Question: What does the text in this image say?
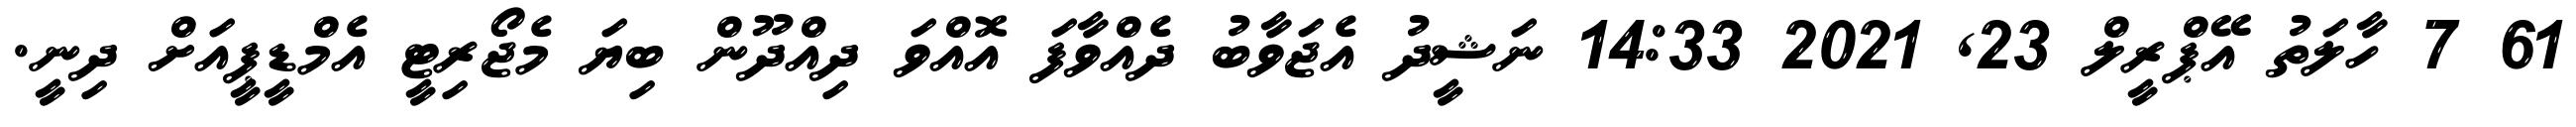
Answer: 61 7 ހާލަތު އޭޕްރީލް 23, 2021 14:33 ނަޝީދު އެޖަވާބު ދެއްވާފަ އޮއްވަ ދިއްދޫން ބިޔަ މެޖޯރިޓީ އެމްޑީޕީއަށް ދިނީ.